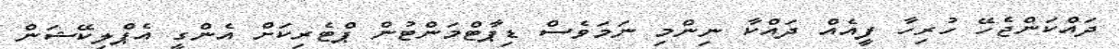
ދައްކަންޖެހޭ ހުރިހާ ފީއެއް ދައްކާ ނިންމި ނަމަވެސް ޑިޕާޓްމަންޓުން ޕްޓެރިކަށް އެންގީ އެޕްލިކޭޝަން